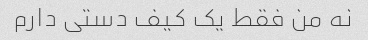
نه من فقط یک کیف دستی دارم